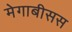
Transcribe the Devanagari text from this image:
मेगाबीसस